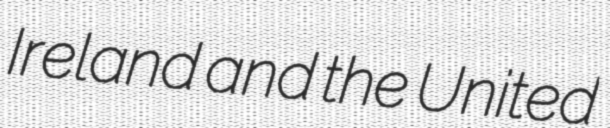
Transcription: Ireland and the United